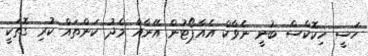
ހަސީ ހިކޮކްސް ބުނީ ނެވާކް އެއާޕޯޓުން އޭނާއާ މެދު ކަންތައް ކުރި ގޮތަކީ